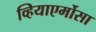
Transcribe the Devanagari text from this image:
व्हियाएर्मोसा